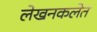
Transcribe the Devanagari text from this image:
लेखनकलेत